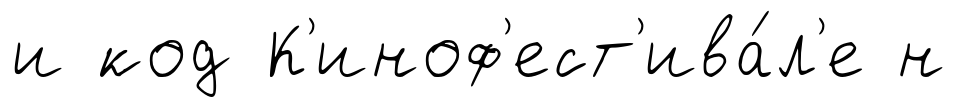
и код К'иноф'ест'ива́л'е н